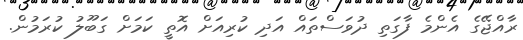
ރާއްޖޭގެ އެންމެ ފާގަތި ދުވަސްތައް އަދި ކުރިއަށް އޮތީ ކަމަށް ގަބޫލު ކުރަމުން.